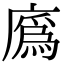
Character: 𢊯